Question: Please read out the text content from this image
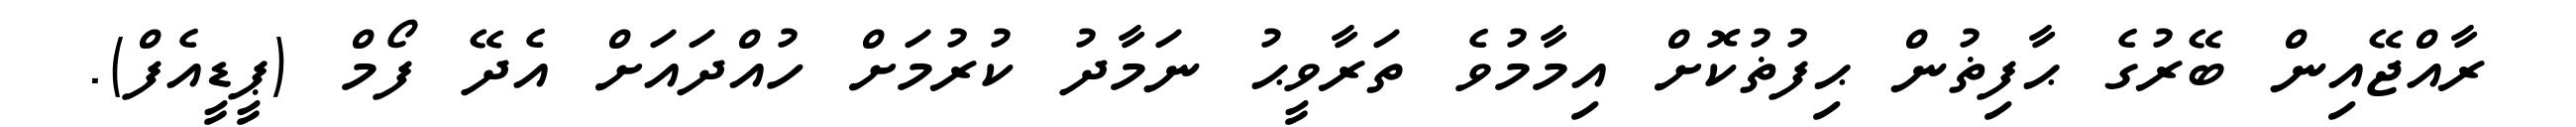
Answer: ރާއްޖޭއިން ބޭރުގެ ޙާފިޡުން ޙިފުޡުކޮށް އިމާމުވެ ތަރާވީޙު ނަމާދު ކުރުމަށް ހުއްދައަށް އެދޭ ފޯމް (ޕީޑީއެފް).